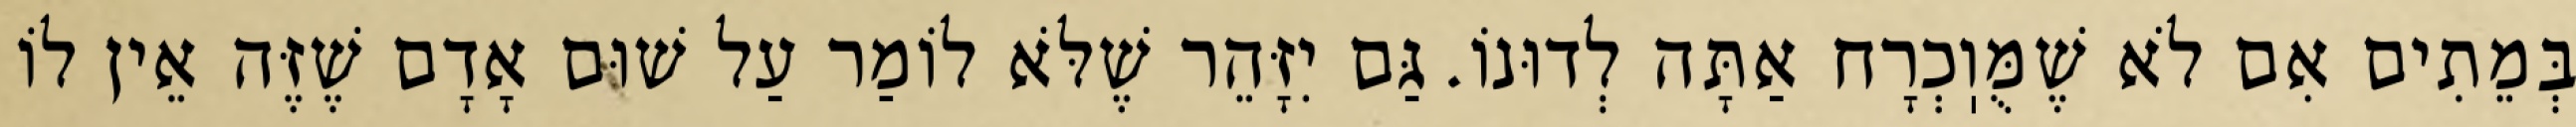
בְּמֵתִים אִם לֹא שֶׁמֻּוֽכְרָח אַתָּה לְדוּנוֹ. גַּם יִזָּהֵר שֶׁלֹּא לוֹמַר עַל שׁוּם אָדָם שֶׁזֶּה אֵין לוֹ